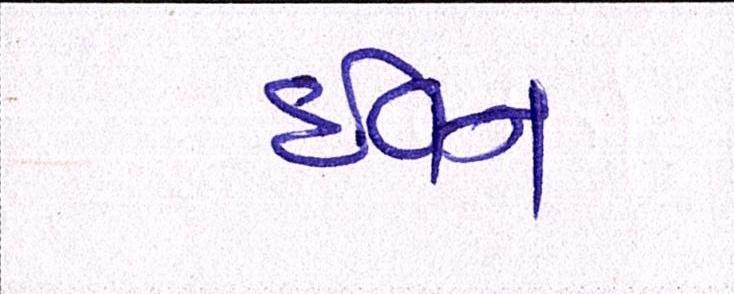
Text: ઇવન